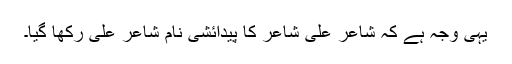
یہی وجہ ہے کہ شاعر علی شاعرؔ کا پیدائشی نام شاعر علی رکھا گیا۔